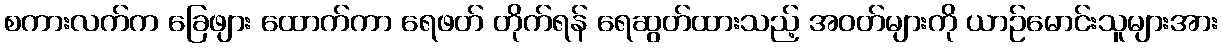
စကားလက်က ခြေဖျား ထောက်ကာ ရေဖတ် တိုက်ရန် ရေဆွတ်ထားသည့် အဝတ်များကို ယာဉ်မောင်းသူများအား